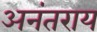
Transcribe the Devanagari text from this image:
अनंतराय